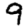
Digit: 9